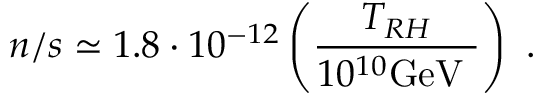
n / s \simeq 1 . 8 \cdot 1 0 ^ { - 1 2 } \left( \frac { T _ { R H } } { 1 0 ^ { 1 0 } \mathrm { G e V ~ } } \right) ~ .